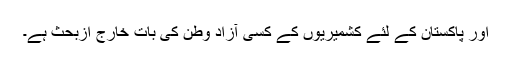
اور پاکستان کے لئے کشمیریوں کے کسی آزاد وطن کی بات خارج ازبحث ہے۔